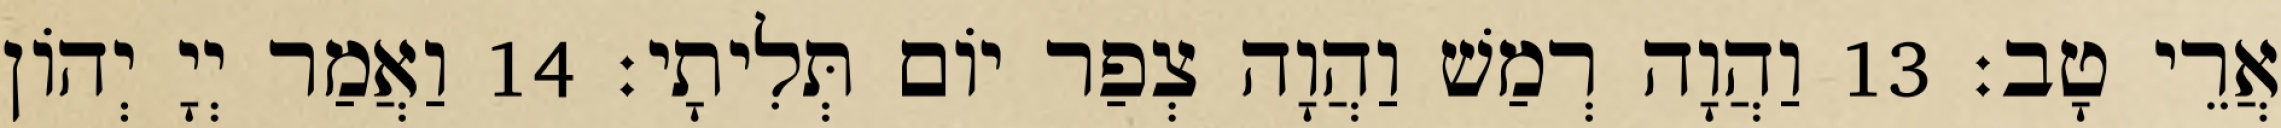
אֲרֵי טָב׃ 13 וַהֲוָה רְמַשׁ וַהֲוָה צְפַר יוֹם תְּלִיתָי׃ 14 וַאֲמַר יְיָ יְהוֹן